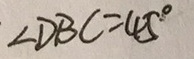
\angle D B C = 4 5 ^ { \circ }